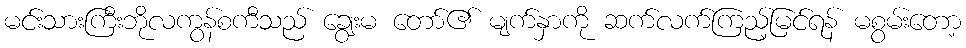
မင်းသားကြီးဘိုလကွန်စကီသည် ချွေးမ တော်၏ မျက်နှာကို ဆက်လက်ကြည့်မြင်ရန် မစွမ်းတော့